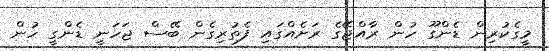
މީގެކުރިން ޑެންގޫ ހުން ރާއްޖޭގެ ރަށެއްގައި ފެތުރިގެން ބޭސް ޖަހަނީ ޑެންގީ ހުން